Sanitation, dispensaries and jails vaccination Rajputana 1922-1927 - 1922-1927
Year: 1922
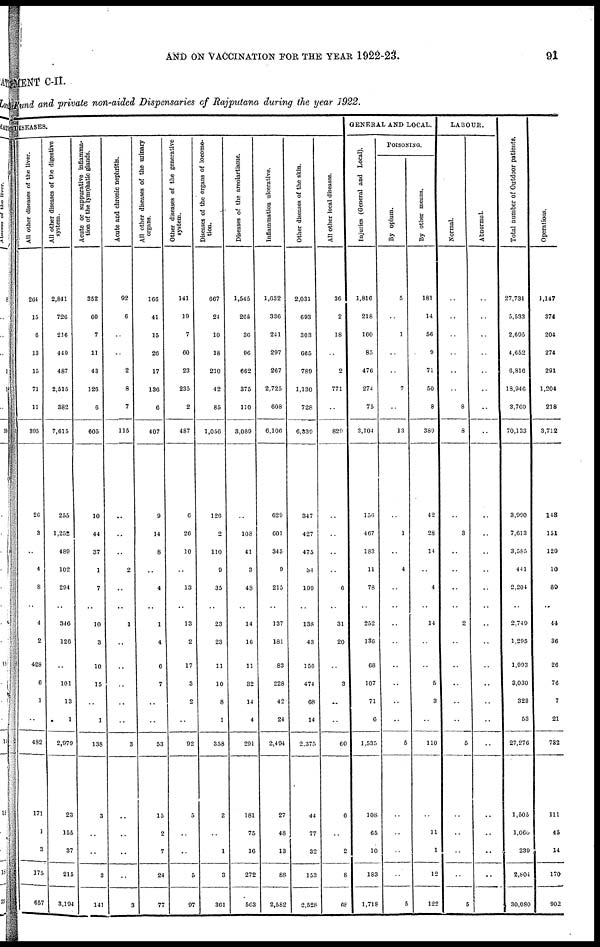
AND ON VACCINATION FOR THE YEAR 1922-23.
91
MENT C-II.
Fund and private non-aided Dispensaries of Rajputana during the year 1922.
DISEASES.
All other diseases of the liver.
264
15
6
13
15
71
11
395
26
3
..
4
8
..
4
2
428
6
1
..
482
171
1
3
175
657
All other diseases of the digestive
system.
2,841
726
216
449
487
2,515
382
7,615
255
1,252
489
102
294
..
346
126
..
101
13
1
2,979
23
155
37
215
3,194
Acute or suppurative inflamma-
tion of the lymphatic glands.
352
60
7
11
43
126
6
605
10
44
37
1
7
..
10
3
10
15
..
1
138
3
..
..
3
141
Acute and chronic nephritis.
92
6
..
..
2
8
7
115
..
..
..
2
..
..
1
..
..
..
..
..
3
..
..
..
..
3
All other diseases of the urinary
organs.
166
41
15
26
17
136
6
407
9
14
8
..
4
..
1
4
6
7
..
..
53
15
2
7
24
77
Other diseases of the generative
system.
141
19
7
60
23
235
2
487
6
26
10
..
13
..
13
2
17
3
2
..
92
5
..
..
5
97
Diseases of the organs of locomo-
tion.
667
24
10
18
210
42
85
1,056
126
2
110
9
35
..
23
23
11
10
8
1
358
2
..
1
3
361
Diseases of the areolartissue.
1,545
265
36
96
662
375
110
3,089
..
108
41
3
48
..
14
16
11
32
14
4
291
181
75
16
272
563
Inflammation ulcerative.
1,632
336
241
297
267
2,725
608
6,106
629
601
345
9
215
..
137
181
83
228
42
24
2,494
27
48
13
88
2,582
Other diseases of the skin.
2,031
693
303
665
789
1,130
728
6,339
347
427
475
34
199
..
138
43
156
474
68
14
2,375
44
77
32
153
2,528
All other local diseases.
36
2
18
..
2
771
..
829
..
..
..
..
6
..
31
20
..
3
..
..
60
6
..
2
8
68
GENERAL AND LOCAL.
Injuries (General and Local).
1,816
218
160
85
476
274
75
3,104
156
467
183
11
78
..
252
136
68
107
71
6
1,535
108
65
10
183
1,718
POISONING.
By opium.
5
..
1
..
..
7
..
13
..
1
..
4
..
..
..
..
..
..
..
..
5
..
..
..
..
5
By other means.
181
14
56
9
71
50
8
389
42
28
14
..
4
..
14
..
..
5
3
..
110
..
11
1
12
122
LABOUR.
Normal.
..
..
..
..
..
..
8
8
..
3
..
..
..
..
2
..
..
..
..
..
5
..
..
..
..
5
Abnormal.
..
..
..
..
..
..
..
..
..
..
..
..
..
..
..
..
..
..
..
..
..
..
..
..
..
..
Total number of Outdoor patients.
27,731
5,533
2,695
4,652
6,816
18,946
3,760
70,133
3,990
7,613
3,585
441
2,204
..
2,749
1,295
1,993
3,030
323
53
27,276
1,505
1,060
239
2,804
30,080
Operations.
1,147
374
204
274
291
1,204
218
3,712
143
151
129
10
89
..
44
36
26
76
7
21
732
111
45
14
170
902